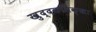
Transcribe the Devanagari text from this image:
खुद्दकसिक्खा